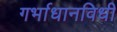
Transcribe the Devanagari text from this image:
गर्भाधानविधी